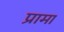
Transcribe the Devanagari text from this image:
प्रामा